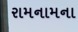
રામનામના